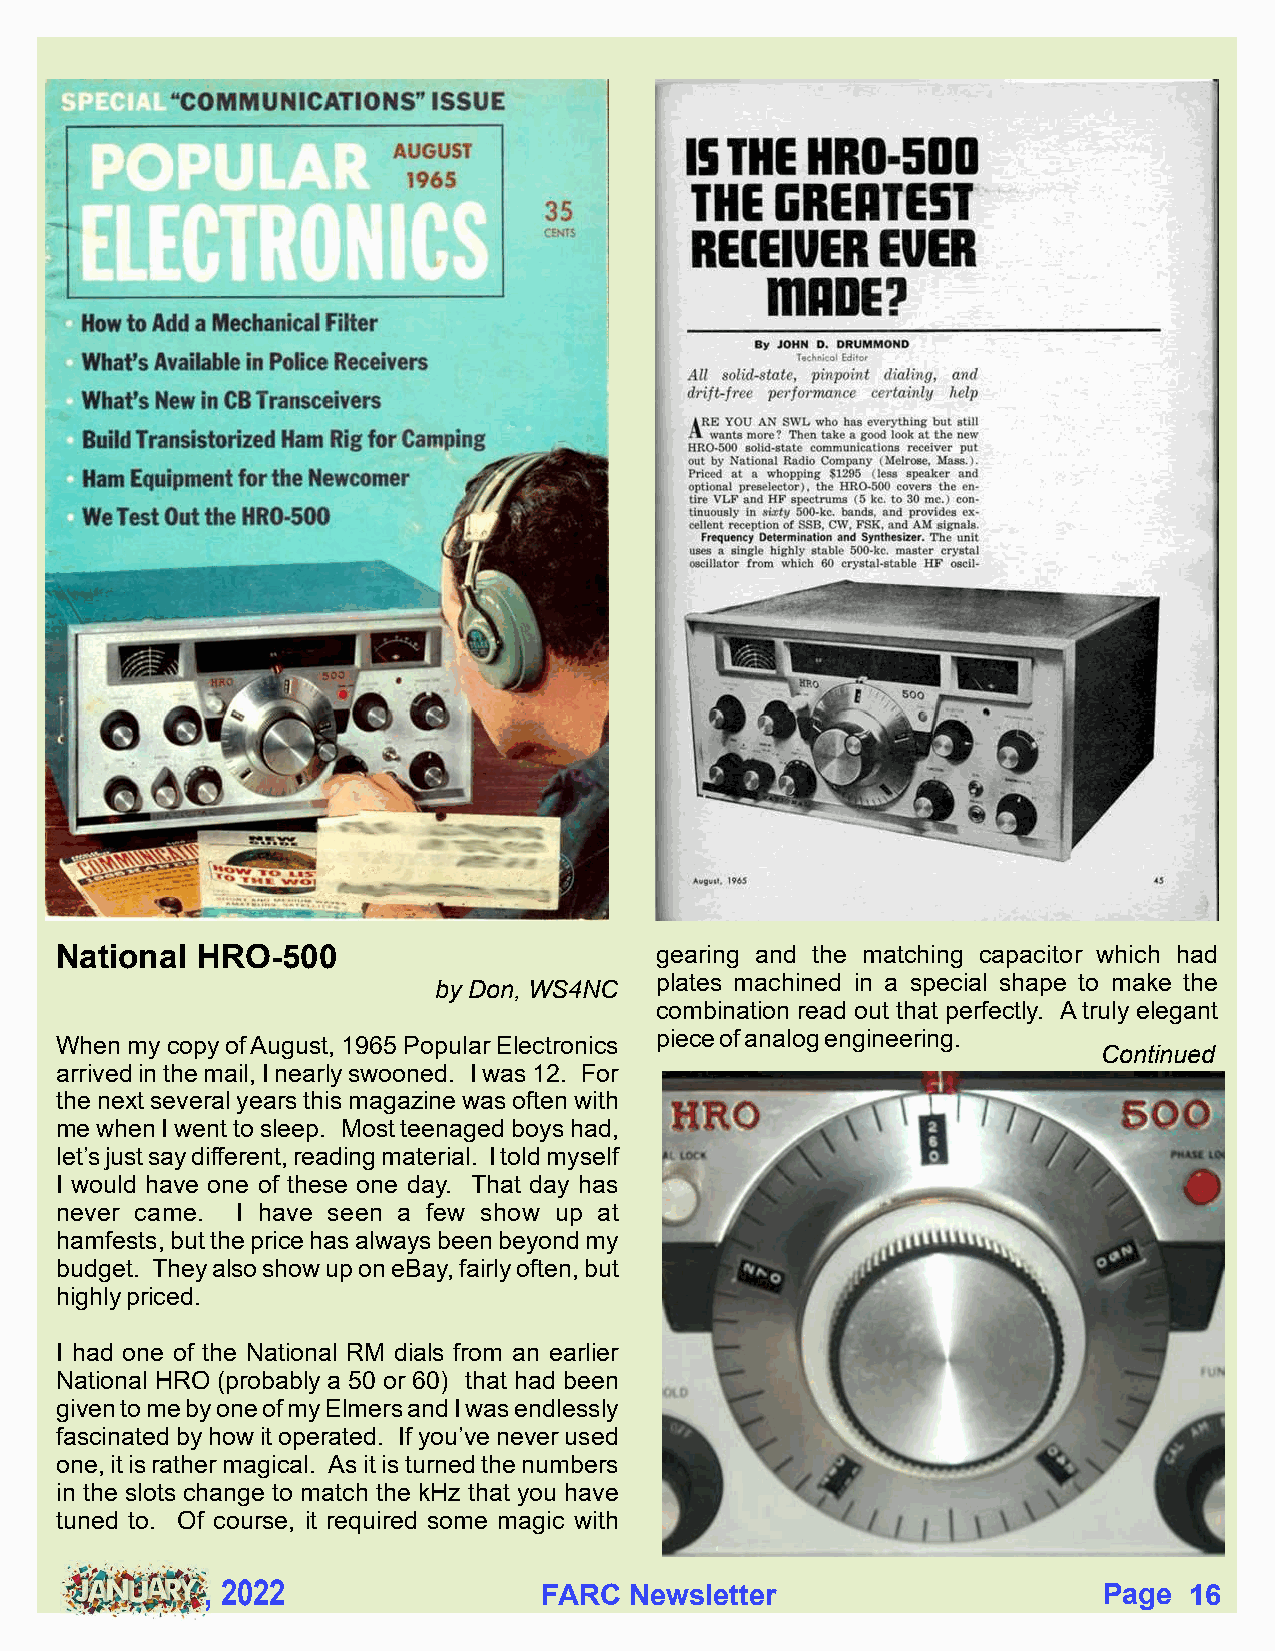
National HRO-500                       gearing and the matching capacitor which had
 plates machined in a special shape to make the
 by Don, WS4NC
 combination read out that perfectly. A truly elegant
 piece of analog engineering.
 When my copy of August, 1965 Popular Electronics
 Continued
 arrived in the mail, I nearly swooned. I was 12. For
 the next several years this magazine was often with
 me when I went to sleep. Most teenaged boys had,
 let’s just say different, reading material. I told myself
 I would have one of these one day. That day has
 never came. I have seen a few show up at
 hamfests, but the price has always been beyond my
 budget. They also show up on eBay, fairly often, but
 highly priced.
 I had one of the National RM dials from an earlier
 National HRO (probably a 50 or 60) that had been
 given to me by one of my Elmers and I was endlessly
 fascinated by how it operated. If you’ve never used
 one, it is rather magical. As it is turned the numbers
 in the slots change to match the kHz that you have
 tuned to. Of course, it required some magic with
 , 2022                FFAARRCC NNeewwsslleetttteerr        PPaaggee 1166